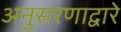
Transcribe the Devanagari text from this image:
अनुसरणाद्वारे